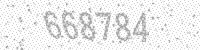
Solution: 668784